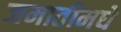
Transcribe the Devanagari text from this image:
जमातीमधे